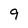
Character: 9